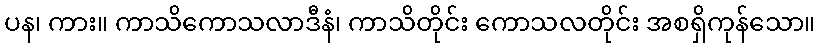
ပန၊ ကား။ ကာသိကောသလာဒီနံ၊ ကာသိတိုင်း ကောသလတိုင်း အစရှိကုန်သော။